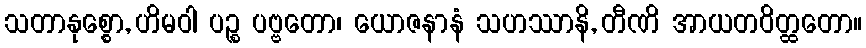
သတာနုစ္စော, ဟိမဝါ ပဉ္စ ပဗ္ဗတော၊ ယောဇနာနံ သဟဿာနိ, တီဏိ အာယတဝိတ္ထတော။